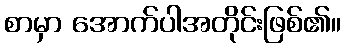
စာမှာ အောက်ပါအတိုင်းဖြစ်၏။